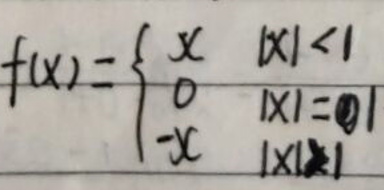
\[
f(x)=\begin{cases}
x & |x| < 1 \\
0 & |x| = 1 \\
-x & |x| > 1
\end{cases}
\]